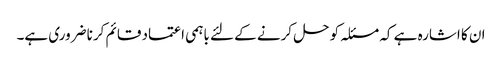
ان کا اشارہ ہے کہ مسئلہ کو حل کرنے کے لئے باہمی اعتماد قائم کرنا ضروری ہے۔